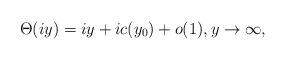
LaTeX: \begin{align*}\Theta(iy)=iy+ic(y_0)+o(1),y\to\infty,\end{align*}